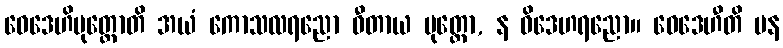
ဝေဒေဟိပုတ္တောတိ အယံ ကောသလရညော ဓီတာယ ပုတ္တော, န ဝိဒေဟရညော။ ဝေဒေဟီတိ ပန